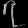
Digit: ၇